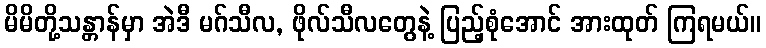
မိမိတို့သန္တာန်မှာ အဲဒီ မဂ်သီလ, ဖိုလ်သီလတွေနဲ့ ပြည့်စုံအောင် အားထုတ် ကြရမယ်။